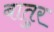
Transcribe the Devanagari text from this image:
बातुर